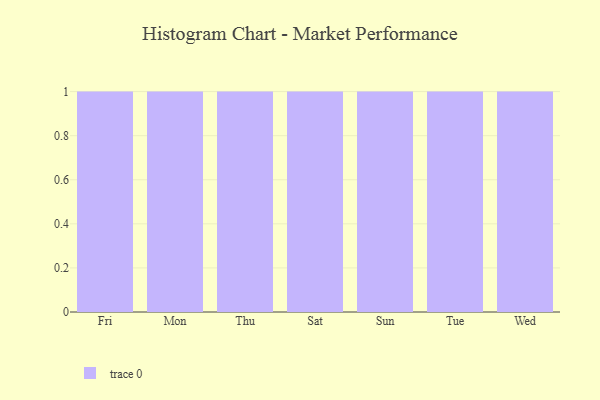
{"axis": {"x": "Day", "y": "Headcount"}, "legend": [""], "data": [{"x": "Fri", "y": 38, "type": ""}, {"x": "Mon", "y": 82, "type": ""}, {"x": "Thu", "y": 69, "type": ""}, {"x": "Sat", "y": 2, "type": ""}, {"x": "Sun", "y": 89, "type": ""}, {"x": "Tue", "y": 68, "type": ""}, {"x": "Wed", "y": 40, "type": ""}]}